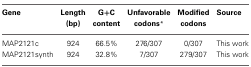
<table><thead><tr><td><b>Gene</b></td><td><b>Length (bp)</b></td><td><b>G+C content</b></td><td><b>Unfavorable codons<sup>*</sup></b></td><td><b>Modified codons</b></td><td><b>Source</b></td></tr></thead><tbody><tr><td>MAP2121c</td><td>924</td><td>66.5%</td><td>276/307</td><td>0/307</td><td>This work</td></tr><tr><td>MAP2121synth</td><td>924</td><td>32.8%</td><td>7/307</td><td>279/307</td><td>This work</td></tr></tbody></table>